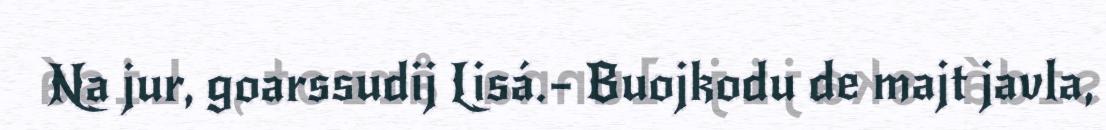
Na jur, goarssudij Lisá.– Buojkodu de majt javla,